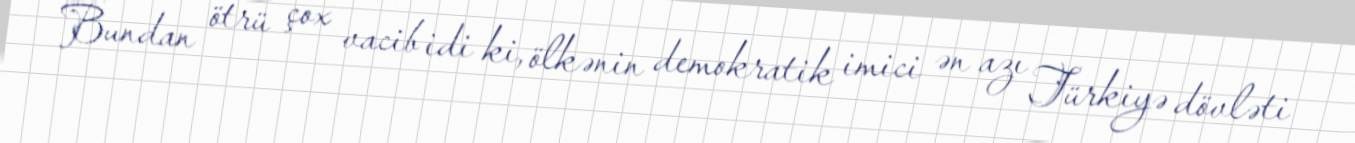
Bundan ötrü çox vacib idi ki, ölkənin demokratik imici ən azı Türkiyə dövləti